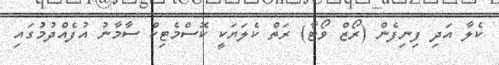
ކެލާ އަދި ފިނިފެން (ރޯޒް ވޯޓާ) ރަތް ކެލަޔަކީ ކޮސްމެޓިކް ސާމާނު އުފެއްދުމުގައި